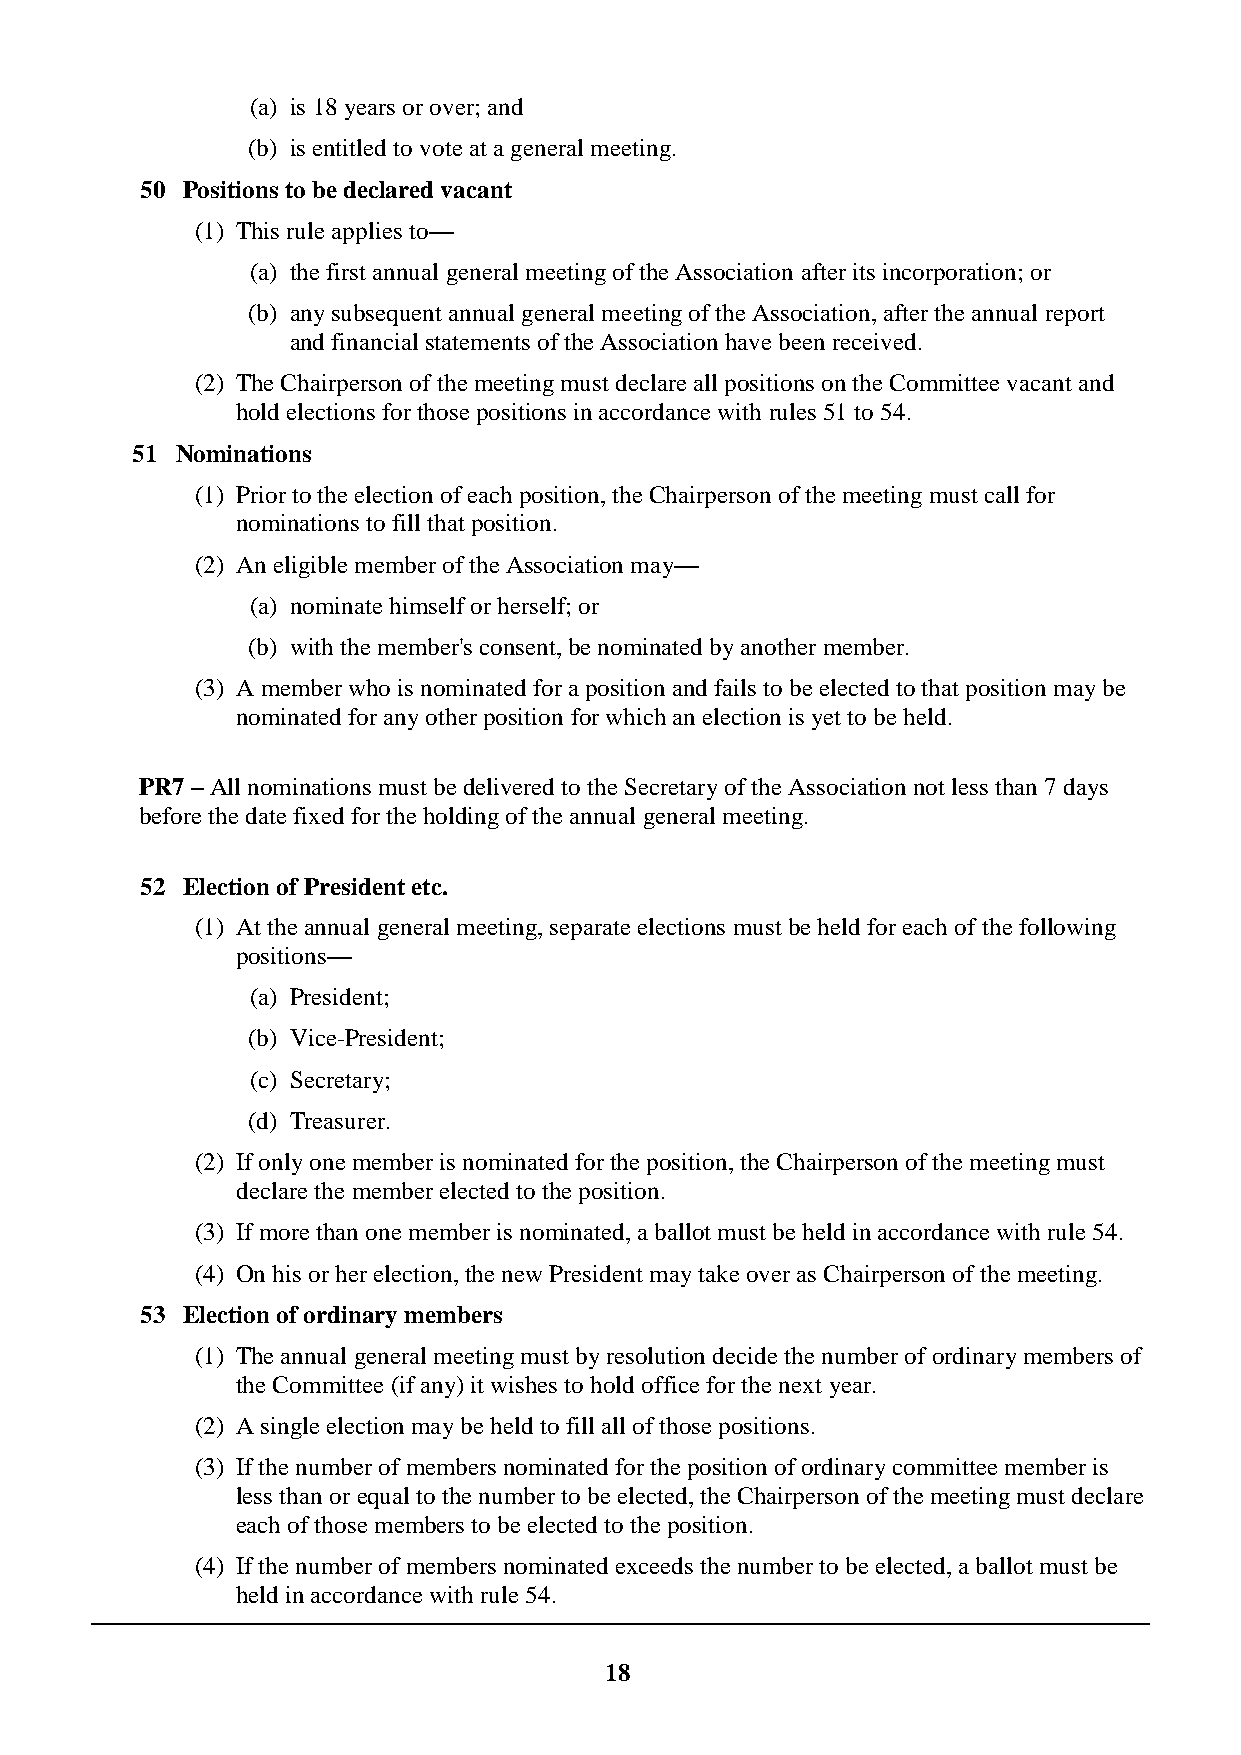
(a) is 18 years or over; and
 (b) is entitled to vote at a general meeting.
 50 Positions to be declared vacant
 (1) This rule applies to—
 (a) the first annual general meeting of the Association after its incorporation; or
 (b) any subsequent annual general meeting of the Association, after the annual report
 and financial statements of the Association have been received.
 (2) The Chairperson of the meeting must declare all positions on the Committee vacant and
 hold elections for those positions in accordance with rules 51 to 54.
 51 Nominations
 (1) Prior to the election of each position, the Chairperson of the meeting must call for
 nominations to fill that position.
 (2) An eligible member of the Association may—
 (a) nominate himself or herself; or
 (b) with the member's consent, be nominated by another member.
 (3) A member who is nominated for a position and fails to be elected to that position may be
 nominated for any other position for which an election is yet to be held.
 PR7 – All nominations must be delivered to the Secretary of the Association not less than 7 days
 before the date fixed for the holding of the annual general meeting.
 52 Election of President etc.
 (1) At the annual general meeting, separate elections must be held for each of the following
 positions—
 (a) President;
 (b) Vice-President;
 (c) Secretary;
 (d) Treasurer.
 (2) If only one member is nominated for the position, the Chairperson of the meeting must
 declare the member elected to the position.
 (3) If more than one member is nominated, a ballot must be held in accordance with rule 54.
 (4) On his or her election, the new President may take over as Chairperson of the meeting.
 53 Election of ordinary members
 (1) The annual general meeting must by resolution decide the number of ordinary members of
 the Committee (if any) it wishes to hold office for the next year.
 (2) A single election may be held to fill all of those positions.
 (3) If the number of members nominated for the position of ordinary committee member is
 less than or equal to the number to be elected, the Chairperson of the meeting must declare
 each of those members to be elected to the position.
 (4) If the number of members nominated exceeds the number to be elected, a ballot must be
 held in accordance with rule 54.
 18